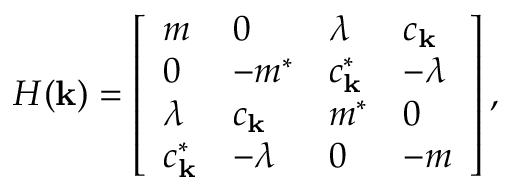
\begin{array} { r } { H ( \mathbf { k } ) = \left[ \begin{array} { l l l l } { m } & { 0 } & { \lambda } & { c _ { \mathbf { k } } } \\ { 0 } & { - m ^ { * } } & { c _ { \mathbf { k } } ^ { * } } & { - \lambda } \\ { \lambda } & { c _ { \mathbf { k } } } & { m ^ { * } } & { 0 } \\ { c _ { \mathbf { k } } ^ { * } } & { - \lambda } & { 0 } & { - m } \end{array} \right] , } \end{array}